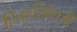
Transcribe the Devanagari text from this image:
हितहरिवंशजी